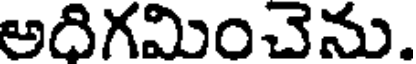
అదిగమించెను.